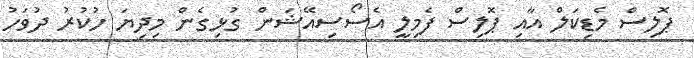
ޕޮލިސް މެޑިކަލް އާއި ޕޮލިސް ފެމިލީ އެސޯސިއޭޝަން ގުޅިގެން މިދިޔަ ހުުކުރު ދުވަހު